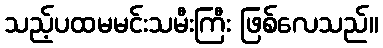
သည့်ပထမမင်းသမီးကြီး ဖြစ်လေသည်။